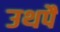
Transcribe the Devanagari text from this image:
उथपै